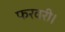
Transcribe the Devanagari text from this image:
फरवरी।